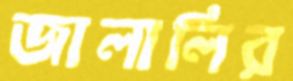
জালালির